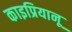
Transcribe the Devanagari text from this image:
काइप्रियानू